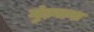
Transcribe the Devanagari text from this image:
मुंड़वाना